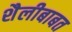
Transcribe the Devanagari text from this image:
शैलीबाबत